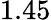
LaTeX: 1.45